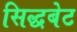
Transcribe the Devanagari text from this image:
सिद्धबेट